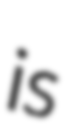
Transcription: is